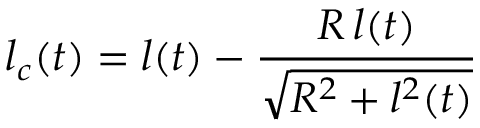
l _ { c } ( t ) = l ( t ) - \frac { R \, l ( t ) } { \sqrt { R ^ { 2 } + l ^ { 2 } ( t ) } }